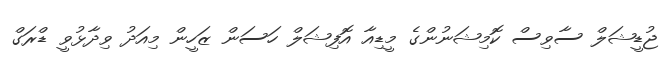
ޖުޑީޝަލް ސާވިސް ކޮމިޝަނުންގެ މީޑިއާ އޮފިޝަލް ހަސަން ޒަހީން މިއަދު ވިދާޅުވީ ޑްރަގް